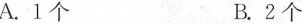
A.1个B.2个